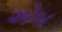
એબ